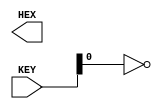
module ex2
(
	input [1:0] KEY,
	output [47:0] HEX
);
//10.04.02
genvar j;
generate
	for (j = 0; j < 6; j = j + 1)
		begin: gen2
			case(j)
				0: assign HEX[3]=~KEY[0], //1
							HEX[4]=~KEY[0],
							HEX[5]=~KEY[0], 
							HEX[6]=~KEY[0],
							HEX[7]=~KEY[0];
				1: assign HEX[6+j*8]=~KEY[0]; //0.
				2: assign HEX[6+j*8]=~KEY[0], //0
							HEX[7+j*8]=~KEY[0];
				3: assign HEX[0+j*8]=~KEY[0], //4.
							HEX[3+j*8]=~KEY[0],
							HEX[4+j*8]=~KEY[0];
				4: assign HEX[6+j*8]=~KEY[0], //0
							HEX[7+j*8]=~KEY[0];
				5: assign HEX[5+j*8]=~KEY[0], //2
							HEX[2+j*8]=~KEY[0],
							HEX[7+j*8]=~KEY[0];
				endcase
		end
endgenerate
endmodule